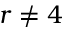
r \neq 4